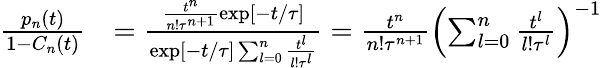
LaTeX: \begin{array}{rl}{\frac{p_{n}(t)}{1-C_{n}(t)}}&{=\frac{\frac{t^{n}}{n!\tau^{n+1}}\exp[-t/\tau]}{\exp[-t/\tau]\sum_{l=0}^{n}\frac{t^{l}}{l!\tau^{l}}}=\frac{t^{n}}{n!\tau^{n+1}}\left(\sum_{l=0}^{n}\frac{t^{l}}{l!\tau^{l}}\right)^{-1}}\end{array}